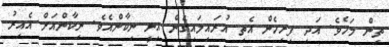
ތިން މަހެވެ. އަދި ފިރިހެން އެތި އުރައިލައިގެން އިނީ ނިކާންއެވެ. ނިކާންއަށް އެއިރު